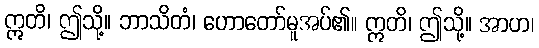
ဣတိ၊ ဤသို့။ ဘာသိတံ၊ ဟောတော်မူအပ်၏။ ဣတိ၊ ဤသို့။ အာဟ၊